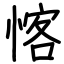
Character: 愘